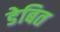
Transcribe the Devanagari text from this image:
डेबित